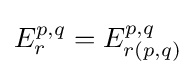
E_{r}^{p,q}=E_{r(p,q)}^{p,q}